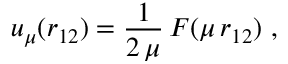
u _ { \mu } ( r _ { 1 2 } ) = \frac { 1 } { 2 \, \mu } \, F ( \mu \, r _ { 1 2 } ) \mathrm { ~ , ~ }